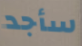
سأجد